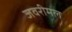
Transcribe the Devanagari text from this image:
जवरीमल